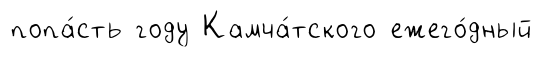
попа́сть году Камча́тского ежего́дный